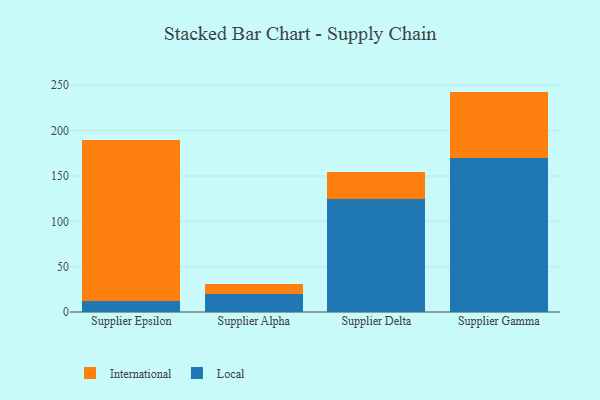
{"axis": {"x": "Supplier", "y": "LTV (USD)"}, "legend": ["International", "Local"], "data": [{"x": "Supplier Epsilon", "y": 11.9, "type": "Local"}, {"x": "Supplier Epsilon", "y": 177.8, "type": "International"}, {"x": "Supplier Alpha", "y": 20.4, "type": "Local"}, {"x": "Supplier Alpha", "y": 10.5, "type": "International"}, {"x": "Supplier Delta", "y": 124.6, "type": "Local"}, {"x": "Supplier Delta", "y": 30.0, "type": "International"}, {"x": "Supplier Gamma", "y": 170.2, "type": "Local"}, {"x": "Supplier Gamma", "y": 72.8, "type": "International"}]}